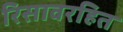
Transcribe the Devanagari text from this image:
रिसावरहित